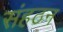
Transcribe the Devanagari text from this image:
संहठन